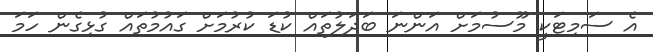
އެ ސަމިޓަކީ މޫސުމަށް އަންނަ ބަދަލުތައް ކުޑަ ކުރުމަށް ގައުމުތައް ގުޅިގެން ހަަމަ